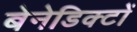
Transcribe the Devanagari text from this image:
बेनेडिक्टों